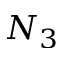
N _ { 3 }